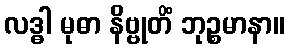
လဒ္ဓါ မုဓာ နိဗ္ဗုတိံ ဘုဉ္စမာနာ။